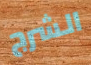
الشرج